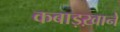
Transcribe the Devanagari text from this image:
कबाड़ख़ाने